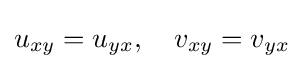
u_{xy}=u_{yx},\quad v_{xy}=v_{yx}